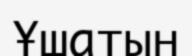
Ұшатын